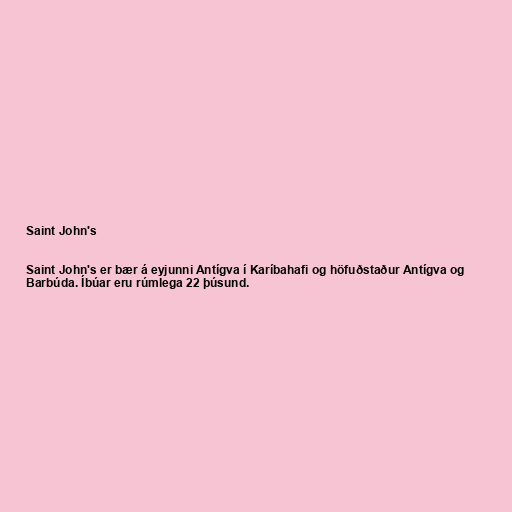
Saint John's

Saint John's er bær á eyjunni Antígva í Karíbahafi og höfuðstaður Antígva og
Barbúda. Íbúar eru rúmlega 22 þúsund.